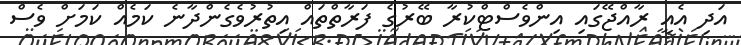
އަދި އެއީ ރާއްޖޭގައި އިންވެސްޓްކުރާ ބޭރުގެ ފަރާތްތައް އިތުރުވެގެންދާނެ ކަމެއް ކަމަށް ވެސް